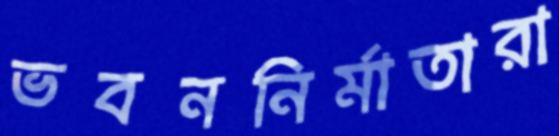
ভবননির্মাতারা